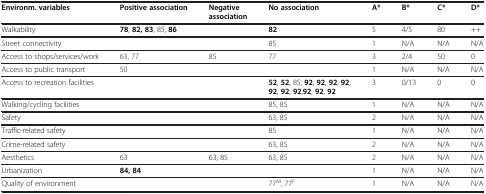
| Environm. variables | Positive association | Negative association | No association | A* | B* | C* | D* |
 | --- | --- | --- | --- | --- | --- | --- | --- |
 | Walkability | 78, 82, 83, 85, 86 |  | 82 | 5 | 4/5 | 80 | ++ |
 | Street connectivity |  |  | 85 | 1 | N/A | N/A | N/A |
 | Access to shops/services/work | 63, 77 | 85 | 77 | 3 | 2/4 | 50 | 0 |
 | Access to public transport | 50 |  |  | 1 | N/A | N/A | N/A |
 | Access to recreation facilities |  |  | 52, 52, 85, 92, 92, 92, 92, 92, 92, 92,92, 92, 92 | 3 | 0/13 | 0 | 0 |
 | Walking/cycling facilities |  |  | 85, 85 | 1 | N/A | N/A | N/A |
 | Safety |  |  | 63, 85 | 2 | N/A | N/A | N/A |
 | Traffic-related safety |  |  | 85 | 1 | N/A | N/A | N/A |
 | Crime-related safety |  |  | 63, 85 | 2 | N/A | N/A | N/A |
 | Aesthetics | 63 | 63, 85 | 63, 85 | 2 | N/A | N/A | N/A |
 | Urbanization | 84, 84 |  |  | 1 | N/A | N/A | N/A |
 | Quality of environment |  |  | 77M, 77F | 1 | N/A | N/A | N/A |